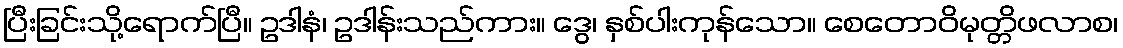
ပြီးခြင်းသို့ရောက်ပြီ။ ဥဒါနံ၊ ဥဒါန်းသည်ကား။ ဒွေ၊ နှစ်ပါးကုန်သော။ စေတောဝိမုတ္တိဖလာစ၊